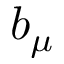
b _ { \mu }